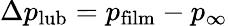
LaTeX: \Delta p_{\mathrm{lub}}=p_{\mathrm{film}}-p_{\infty}